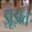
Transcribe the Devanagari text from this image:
झूझते